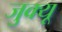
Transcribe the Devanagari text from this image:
जुक्यू